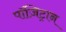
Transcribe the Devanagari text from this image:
पॉज़िट्रान